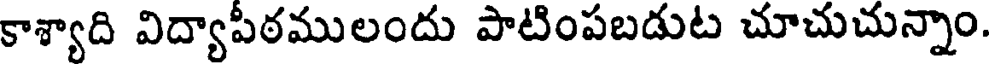
కాశ్యాది విద్యాపీఠములందు పాటింపబడుట చూచుచున్నాం.